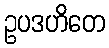
ဥပဒဟိတေ